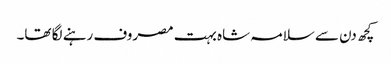
کچھ دن سے سلامہ شاہ بہت مصروف رہنے لگا تھا۔